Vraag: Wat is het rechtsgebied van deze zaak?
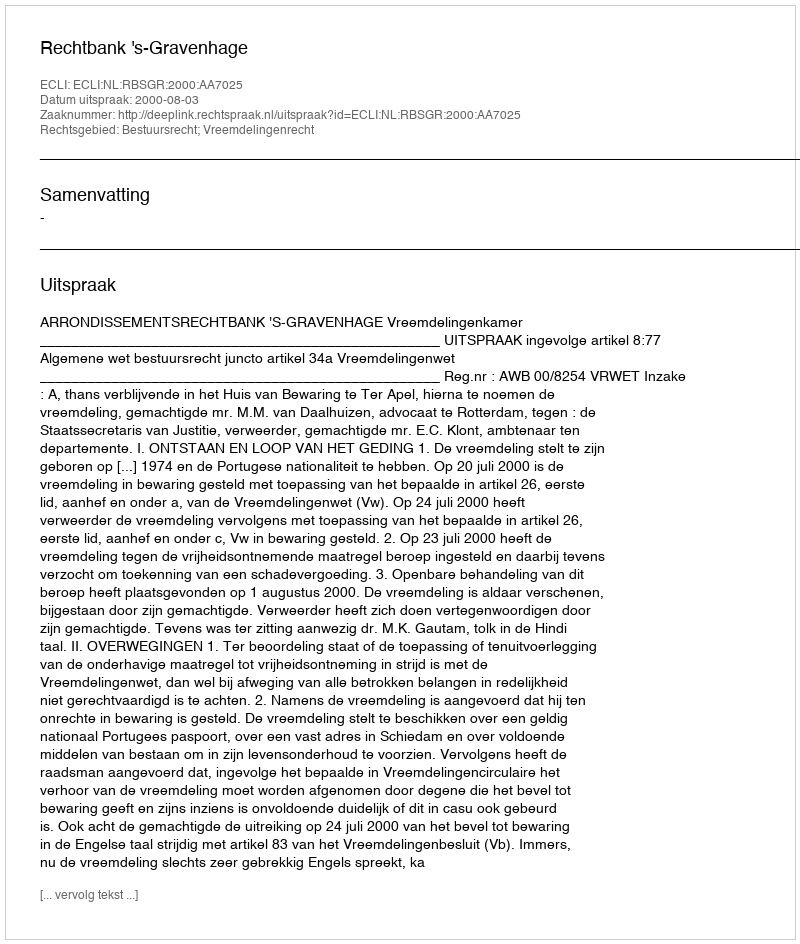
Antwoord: Bestuursrecht; Vreemdelingenrecht